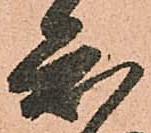
知